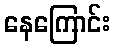
နေကြောင်း